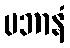
ပဘာနံ